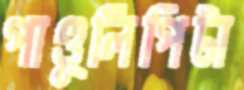
পাণ্ডুলিপিটা